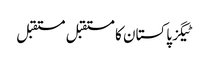
ٹیگزپاکستان کا مستقبل مستقبل